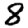
Digit: 8